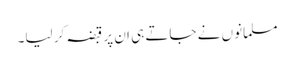
مسلمانوں نے جاتے ہی ان پر قبضہ کر لیا۔